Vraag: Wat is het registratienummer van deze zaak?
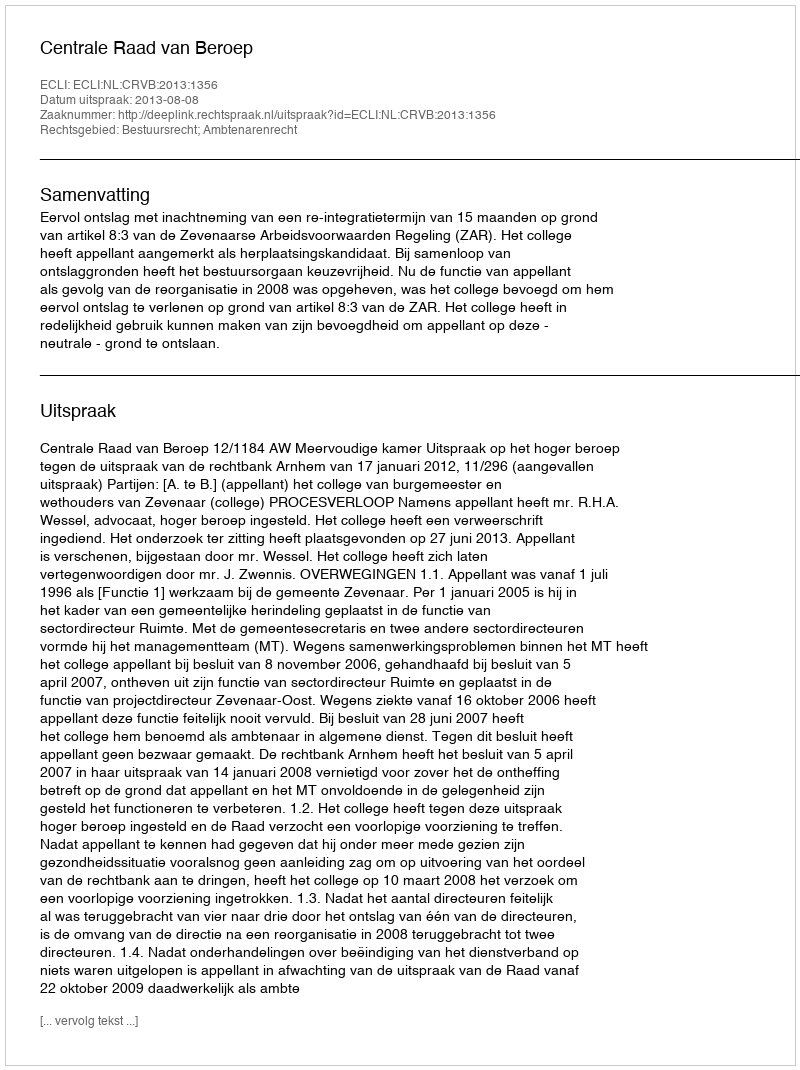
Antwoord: http://deeplink.rechtspraak.nl/uitspraak?id=ECLI:NL:CRVB:2013:1356